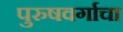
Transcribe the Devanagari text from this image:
पुरुषवर्गाचा